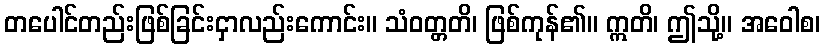
တပေါင်တည်းဖြစ်ခြင်းငှာလည်းကောင်း။ သံဝတ္တတိ၊ ဖြစ်ကုန်၏။ ဣတိ၊ ဤသို့။ အဝေါစ၊